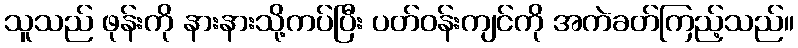
သူသည် ဖုန်းကို နားနားသို့ကပ်ပြီး ပတ်ဝန်းကျင်ကို အကဲခတ်ကြည့်သည်။